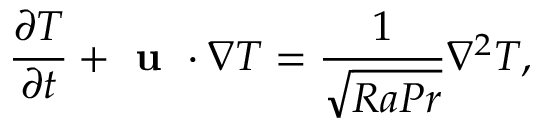
\frac { \partial T } { \partial t } + \textbf { u } \cdot \nabla T = \frac { 1 } { \sqrt { R a P r } } \nabla ^ { 2 } T ,